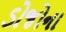
ડોજોના